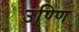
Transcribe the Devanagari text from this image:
उण्णि